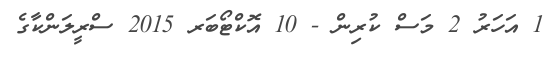
1 އަހަރު 2 މަސް ކުރިން - 10 އޮކްޓޯބަރ 2015 ސްރީލަންކާގެ